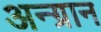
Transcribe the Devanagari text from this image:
अन्ग्रान